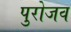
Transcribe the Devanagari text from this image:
पुरोजव